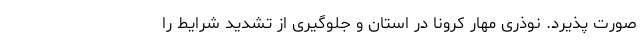
صورت پذیرد. نوذری مهار کرونا در استان و جلوگیری از تشدید شرایط را